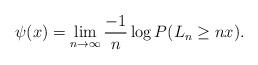
LaTeX: \begin{align*}\psi(x)=\lim_{n \to \infty}\frac{-1}{n}\log P(L_n\ge nx). \end{align*}